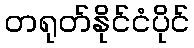
တရုတ်နိုင်ငံပိုင်